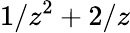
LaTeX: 1/z^{2}+2/z